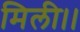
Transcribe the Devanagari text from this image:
मिली।।